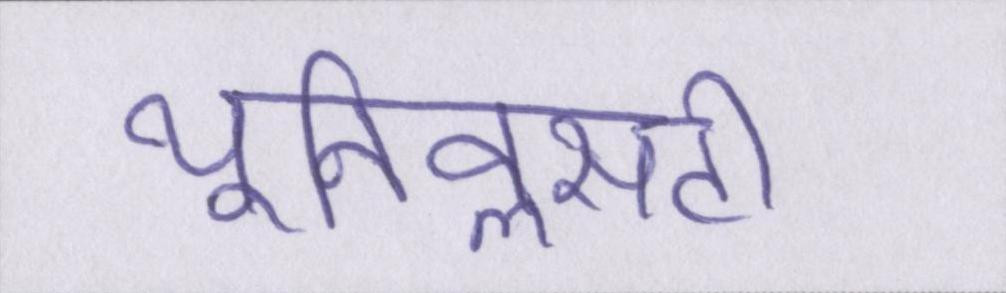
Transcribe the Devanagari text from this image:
यूनिवॢसटी